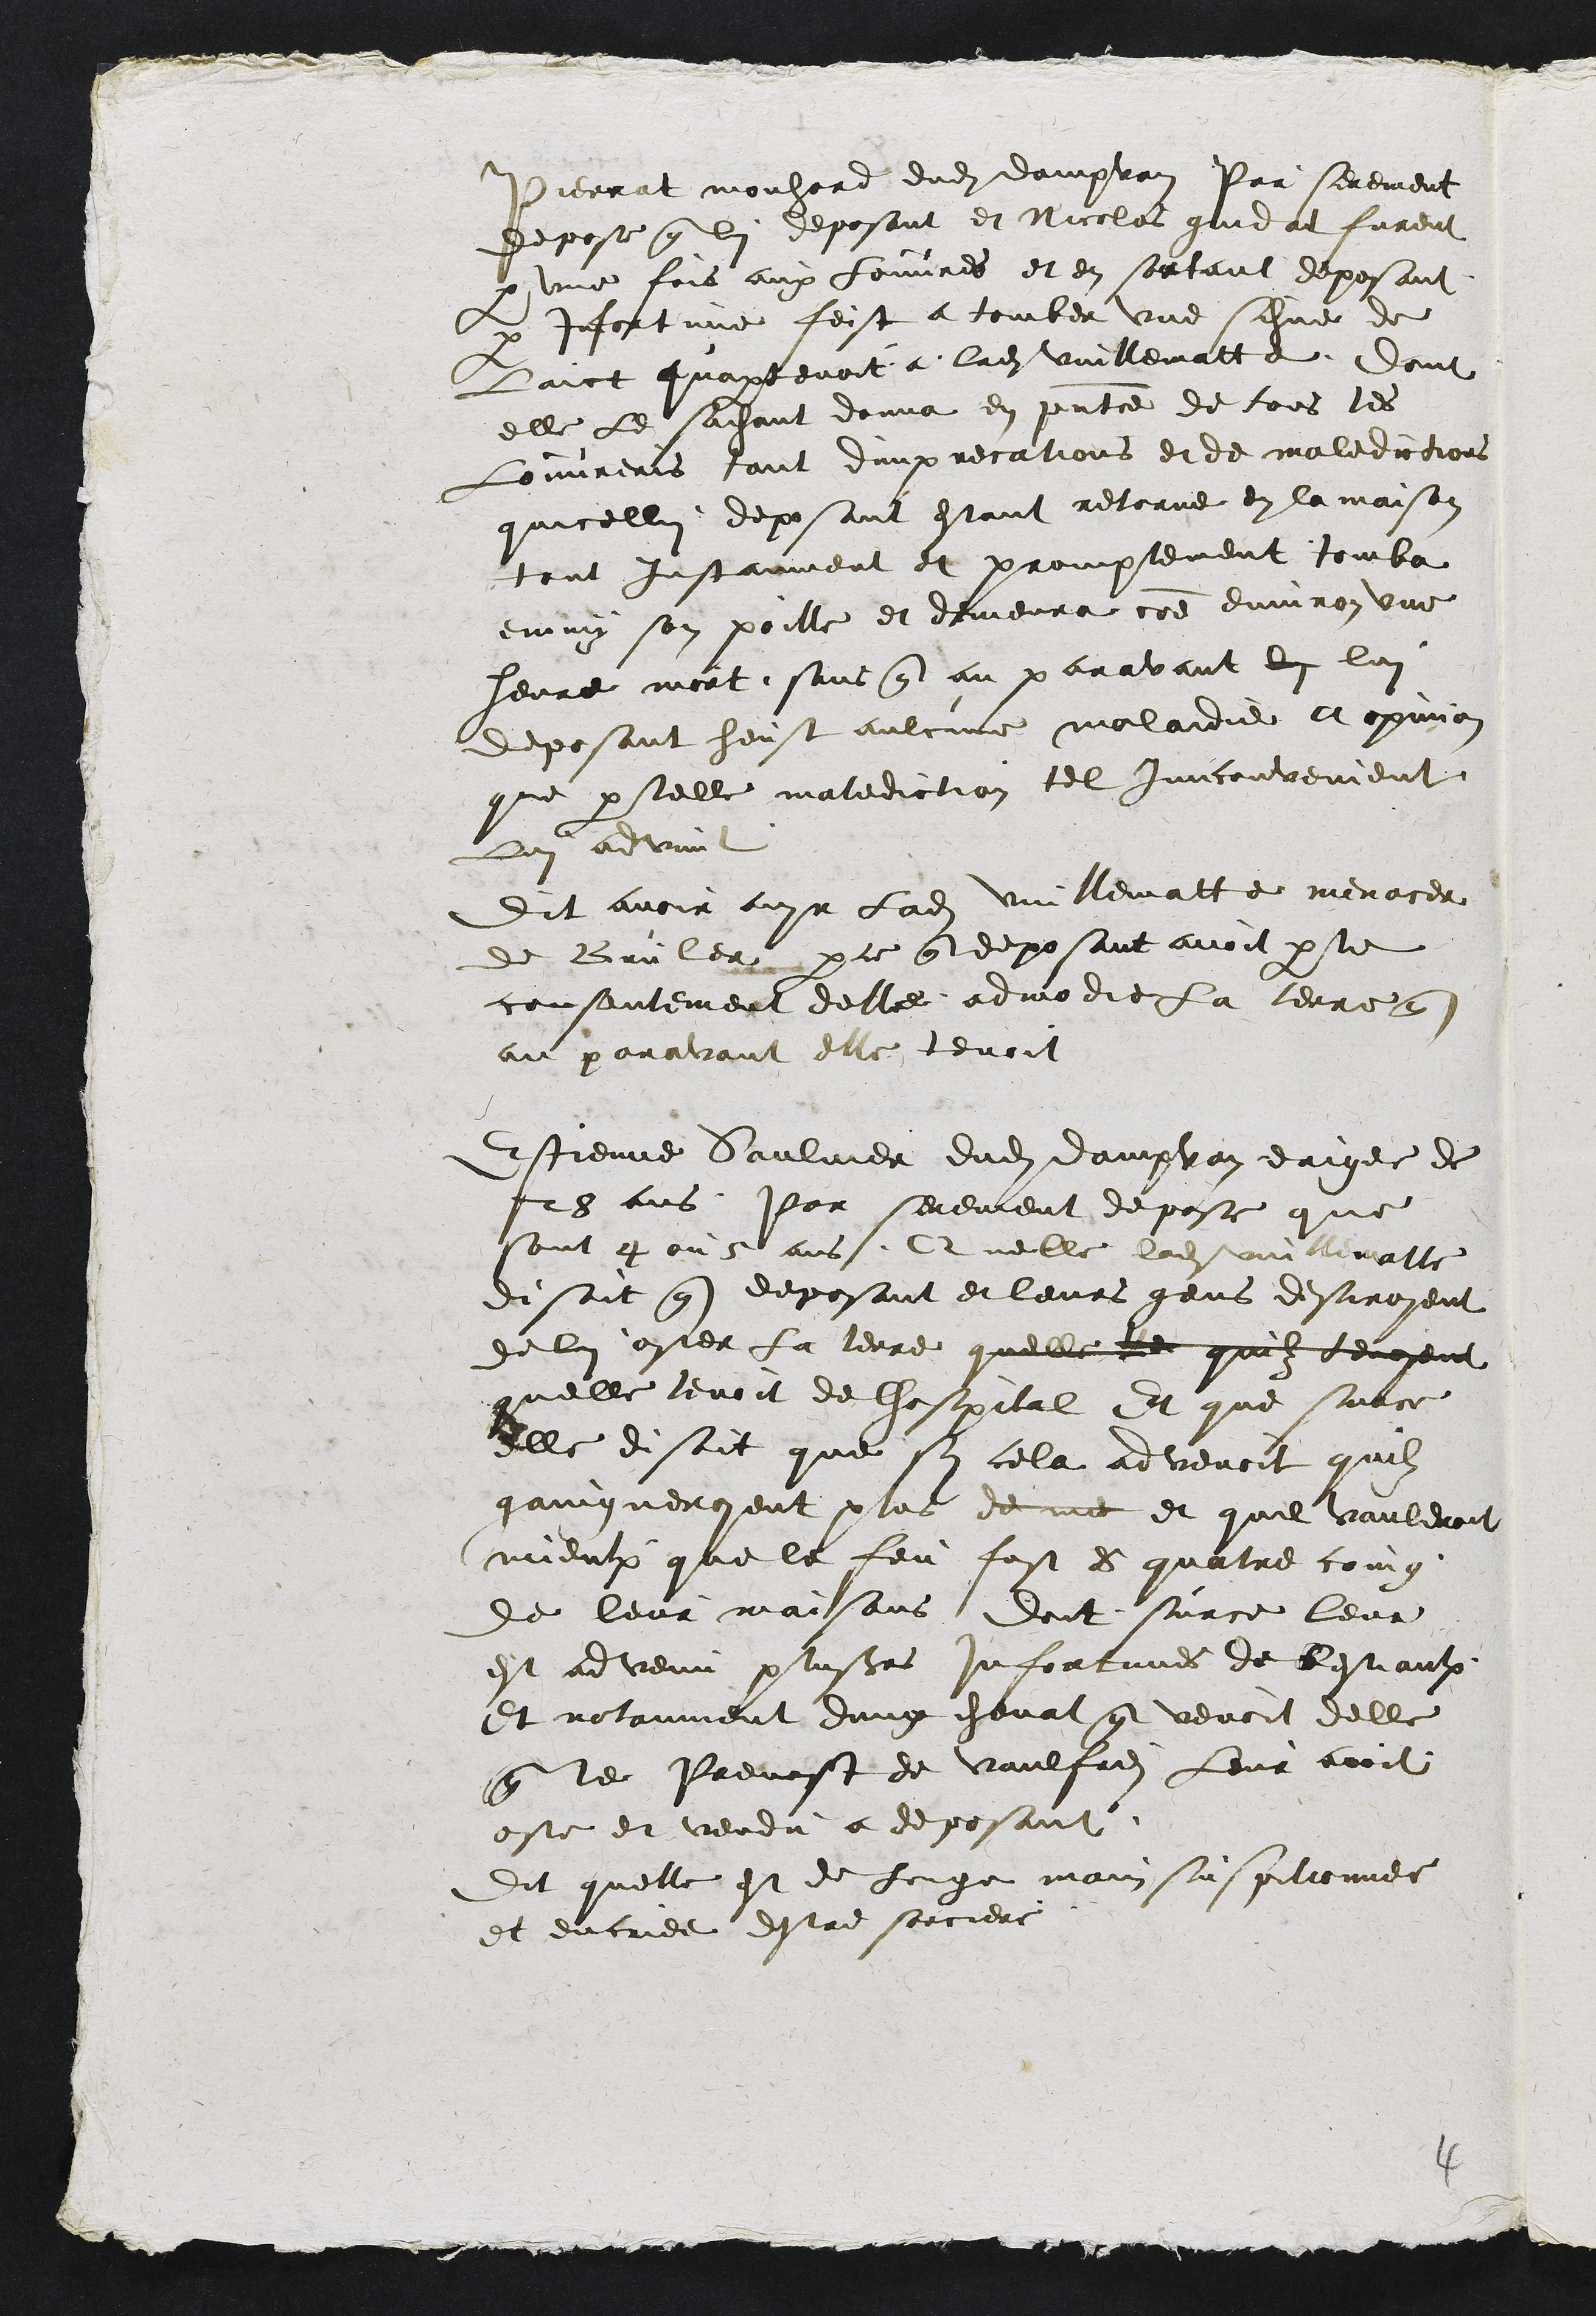
Pierrat mouhard dudit dampvan Par serement
depose que lui deposant et Nicolas gindat furent
par une fois aux louvres et en sortant deposant
par infortune feist a tomber une schue de
laict quapartenoit a ladite Vuillematte dont
elle le saichant donna en presentce de tous les
Louvreris tant dimprecations et de maledictions
quicellui deposant estant retorne en la maison
tout Instanment et promptement tomba
emmy son poille et demeura comme environ une
heure mort, sans que au paravant li lui
deposant heust aulcune maladie a opinion
que par telle malediction tel inconvenient
Lui advint
Dit avoir ouyr ladite Vuillematte menacer
de Bruler par ce que deposant avoit par le
consentement delle admodie la terre que
au paravant elle tenoit
Estienne Saulnier dudit dampvan eaige de
28 ans Par serement depose que
sont 4 ou 5 ans, Quelle ladite vuillematte
disoit que deposant et leurs gens desiroyent
de lui oster la terre quelle te quilz tenoyent
quelle tenoit de lhospital Et que surce
elle disoit que sy cela advenoit quilz
gaingneroyent plus de me et quil vauldroit
mieulx que le feu fust es quatre coing
de leur maisons dont surce leur
est advenu plusieurs infortunes de Bestiaulx
et notanment dung cheval que venoit delle
que le Prevost de Vaulfrei leur avoit
oste et vendu a deposant
Dit quelle est de longe main suspitionnee
et encriee destre sorciere

4